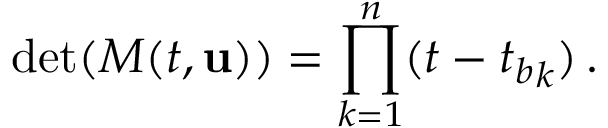
\operatorname* { d e t } ( M ( t , { \mathbf { u } } ) ) = \prod _ { k = 1 } ^ { n } ( t - { t _ { b } } _ { k } ) \, .